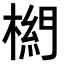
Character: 𣗭